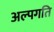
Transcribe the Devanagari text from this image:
अल्पगति